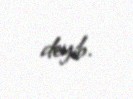
deyib.